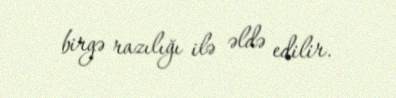
birgə razılığı ilə əldə edilir.